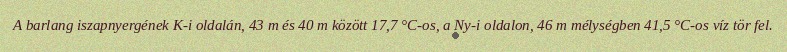
A barlang iszapnyergének K-i oldalán, 43 m és 40 m között 17,7 °C-os, a Ny-i oldalon, 46 m mélységben 41,5 °C-os víz tör fel.